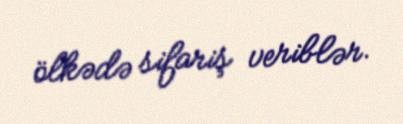
ölkədə sifariş veriblər.